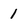
Character: 1